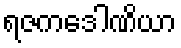
ရဇကဒေါဏိယာ